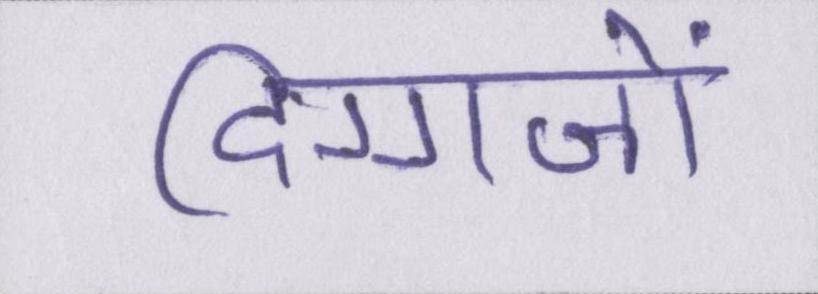
दिग्गजों